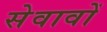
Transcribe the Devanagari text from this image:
सेवावों